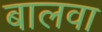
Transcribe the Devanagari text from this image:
बालवा